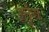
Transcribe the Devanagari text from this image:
उत्तुँग